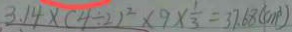
3 . 1 4 \times ( 4 \div 2 ) ^ { 2 } \times 9 \times \frac { 1 } { 3 } = 3 7 . 6 8 ( c m ^ { 2 } )